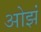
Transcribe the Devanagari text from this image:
ओझं